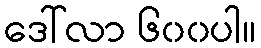
ဒေါ်လာ ၆၀၀ပါ။